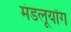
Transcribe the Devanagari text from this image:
मंडलूयोंग